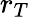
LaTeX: r_{T}